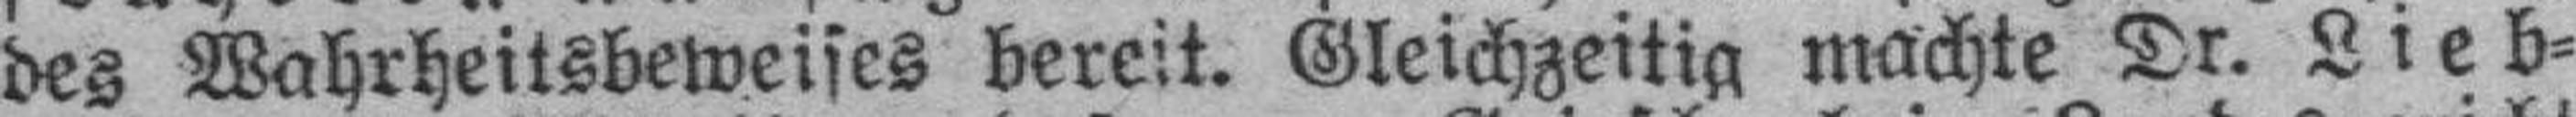
des Wahrheitsbeweises bereit. Gleichzeitig machte Dr. Lieb¬